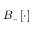
B _ { \cdot \cdot } \left[ \cdot \right]